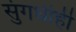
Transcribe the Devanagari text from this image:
सुंगधीही